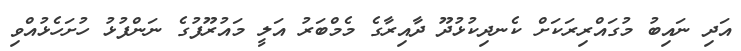
އަދި ނައިބު މުގައްރިރަކަށް ކެނދިކުޅުދޫ ދާއިރާގެ މެމްބަރު އަލީ މައުރޫފުގެ ނަންފުޅު ހުށަހެޅުއްވި